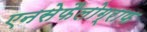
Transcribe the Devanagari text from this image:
एनसेफैलोग्राफ